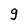
Character: 9